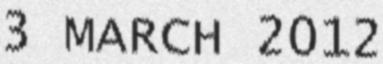
3 MARCH 2012